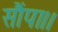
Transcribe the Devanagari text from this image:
सौंपा।।